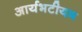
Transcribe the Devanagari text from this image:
आर्यभटीयम